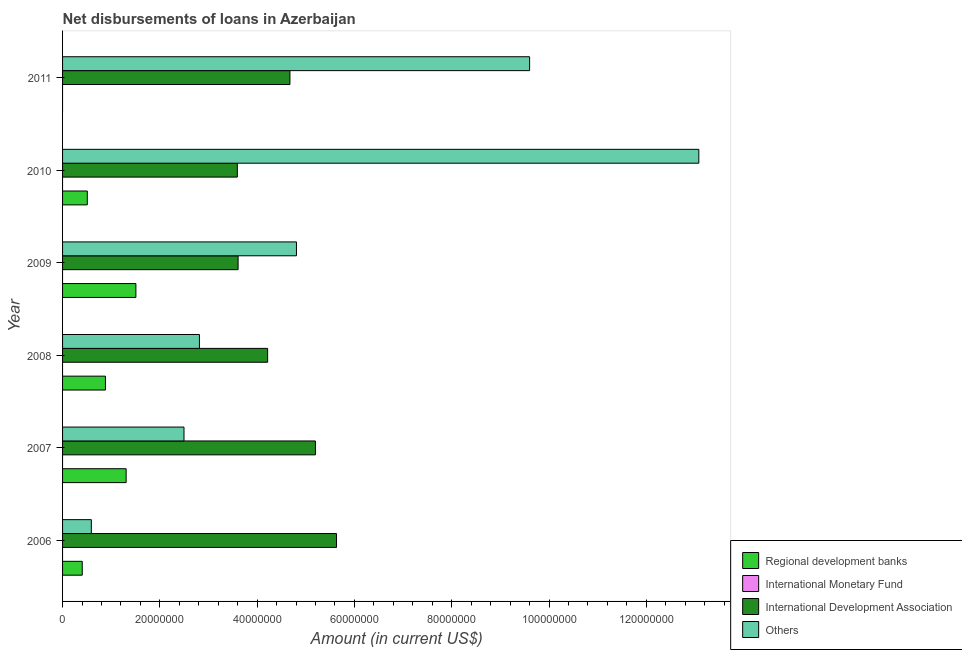
| Year | Regional development banks | International Monetary Fund | International Development Association | Others |
 | --- | --- | --- | --- | --- |
 | 2006 | 4.04e+06 | -2.41e+07 | 5.63e+07 | 5.91e+06 |
 | 2007 | 1.31e+07 | -2.56e+07 | 5.2e+07 | 2.5e+07 |
 | 2008 | 8.81e+06 | -1.54e+07 | 4.22e+07 | 2.81e+07 |
 | 2009 | 1.51e+07 | -1.56e+07 | 3.61e+07 | 4.81e+07 |
 | 2010 | 5.08e+06 | -1.47e+07 | 3.59e+07 | 1.31e+08 |
 | 2011 | -3.04e+05 | -1.73e+07 | 4.67e+07 | 9.6e+07 |